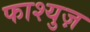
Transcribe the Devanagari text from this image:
फाश्युज़